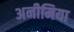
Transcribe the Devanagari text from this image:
अनीमिया